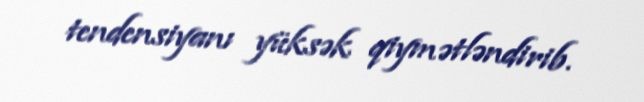
tendensiyanı yüksək qiymətləndirib.